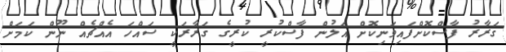
ގަރާރު ފާސްކޮށްފައިވަނިކޮށް އަލުން ފާސްކުރީ ކުރީގެ ގަރާރަކީ ސައްހަ އެއްޗެއް ނޫން ކަމަށް